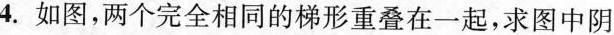
4.如图，两个完全相同的梯形重叠在一起，求图中阴